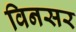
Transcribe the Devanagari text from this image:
विनसर